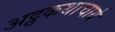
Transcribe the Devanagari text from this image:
अट्ठकथाचार्य